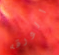
الورقه